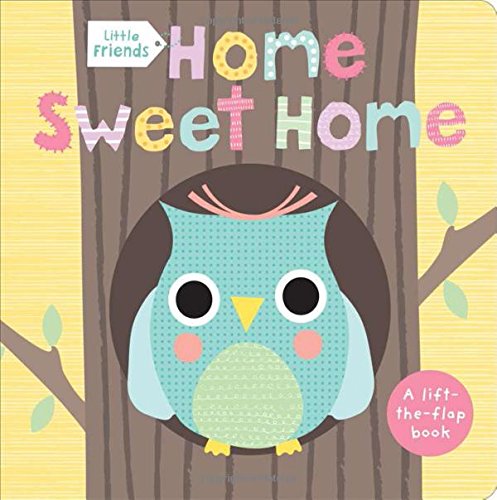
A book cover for Little Friends: Home Sweet Home; Roger Priddy; Children's Books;